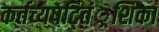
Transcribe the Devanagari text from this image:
कर्तव्यषट्तिं्रशिका